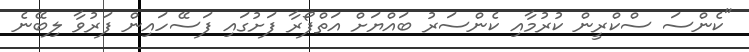
"ކެންސަ ސްކްރީން ކުރުމާއި ކެންސަރު ބައްޔަށް އަތްފޯރާ ފަށުގައި ފަސޭހައިން ފަރުވާ ލިބޭނެ